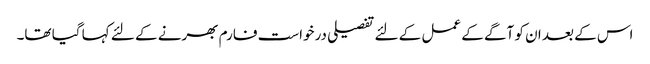
اس کے بعد ان کو آگے کے عمل کے لئے تفصیلی درخواست فارم بھرنے کے لئے کہا گیا تھا۔